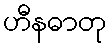
ဟီနဓာတု